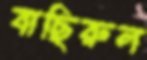
বাছিরুল